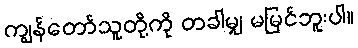
ကျွန်တော်သူတို့ကို တခါမျှ မမြင်ဘူးပါ။